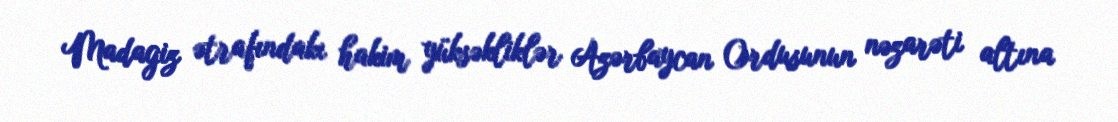
Madagiz ətrafındakı hakim yüksəkliklər Azərbaycan Ordusunun nəzarəti altına